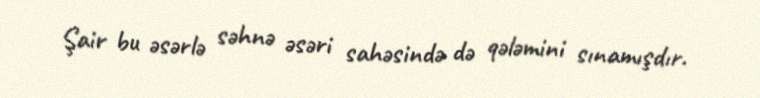
Şair bu əsərlə səhnə əsəri sahəsində də qələmini sınamışdır.